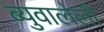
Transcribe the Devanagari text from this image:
ब्युवालेली